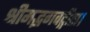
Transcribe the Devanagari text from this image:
श्रीमद्भगवद्गीता।